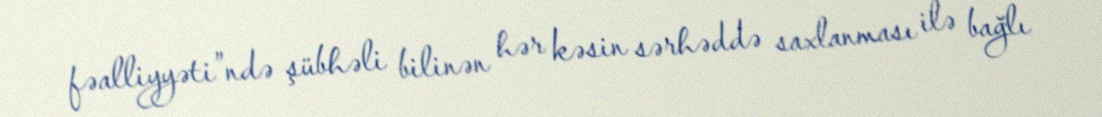
fəalliyyəti”ndə şübhəli bilinən hər kəsin sərhəddə saxlanması ilə bağlı